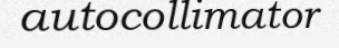
autocollimator